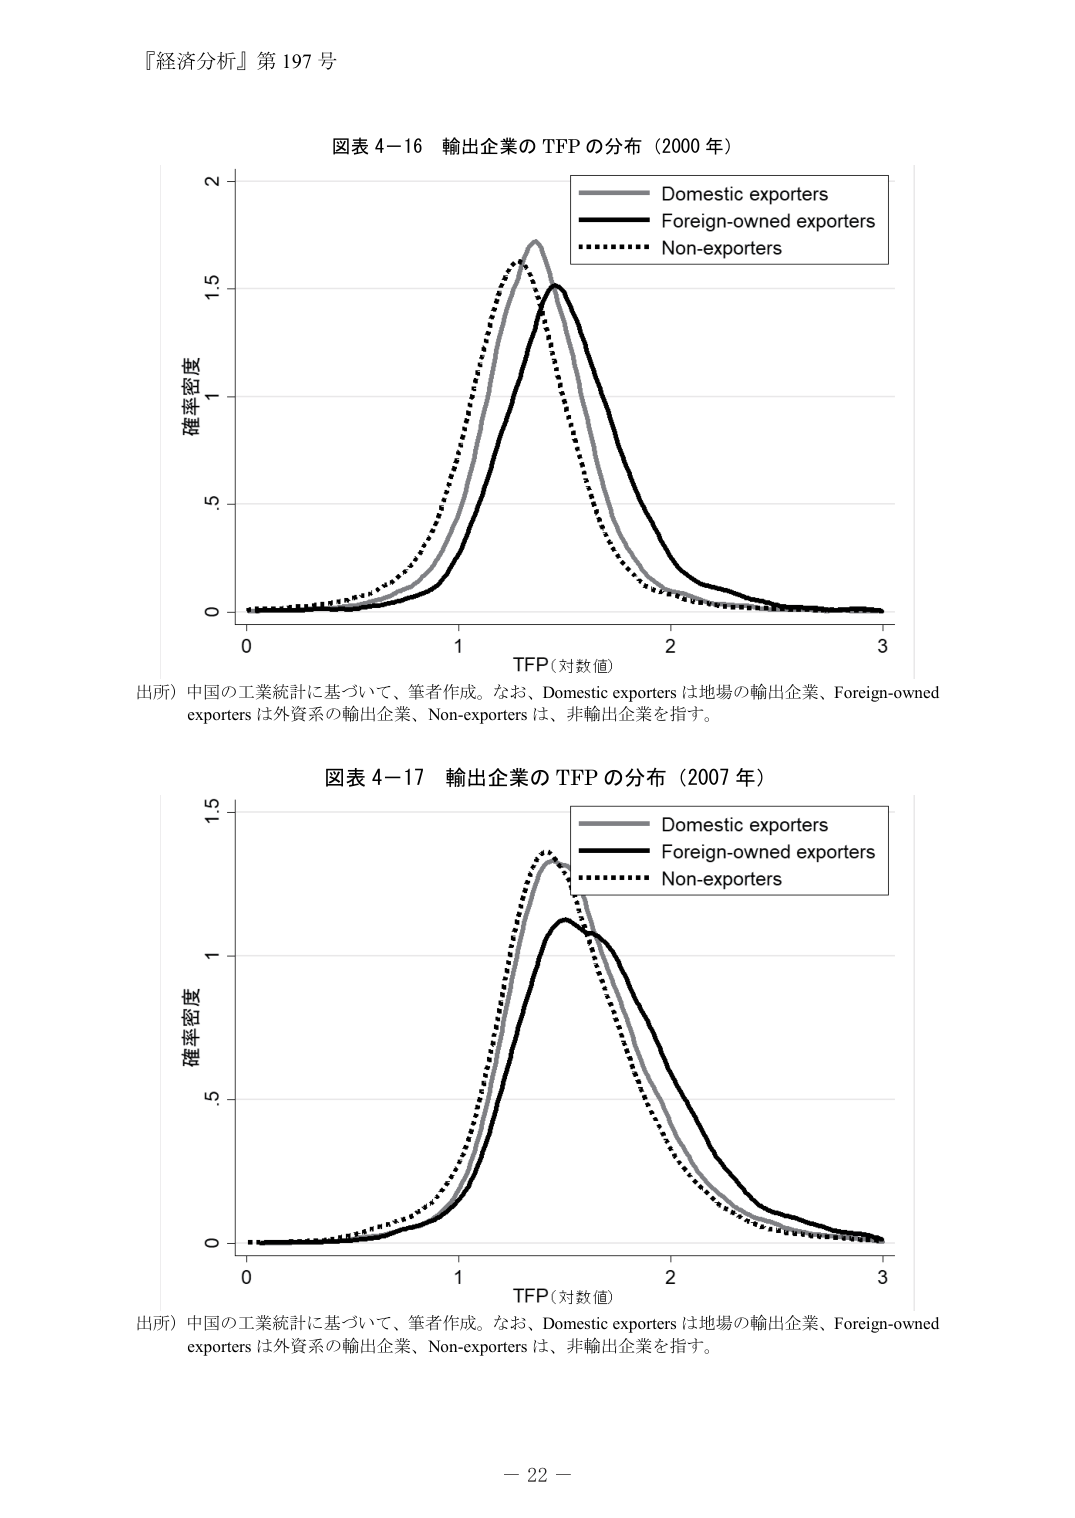
『経済分析』第 197 号

図表 4−16 輸出企業の TFP の分布（2000 年）

確率密度
2
1.5
1
.5
0
0       1       2       3
TFP（対数値）

Domestic exporters
Foreign-owned exporters
Non-exporters

出所）中国の工業統計に基づいて、筆者作成。なお、Domestic exporters は地場の輸出企業、Foreign-owned exporters は外資系の輸出企業、Non-exporters は、非輸出企業を指す。

図表 4−17 輸出企業の TFP の分布（2007 年）

確率密度
1.5
1
.5
0
0       1       2       3
TFP（対数値）

Domestic exporters
Foreign-owned exporters
Non-exporters

出所）中国の工業統計に基づいて、筆者作成。なお、Domestic exporters は地場の輸出企業、Foreign-owned exporters は外資系の輸出企業、Non-exporters は、非輸出企業を指す。

－ 22 －